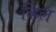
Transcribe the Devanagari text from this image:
व्हिल